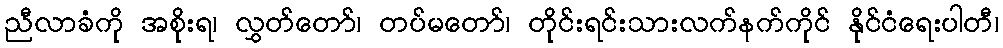
ညီလာခံကို အစိုးရ၊ လွှတ်တော်၊ တပ်မတော်၊ တိုင်းရင်းသားလက်နက်ကိုင် နိုင်ငံရေးပါတီ၊